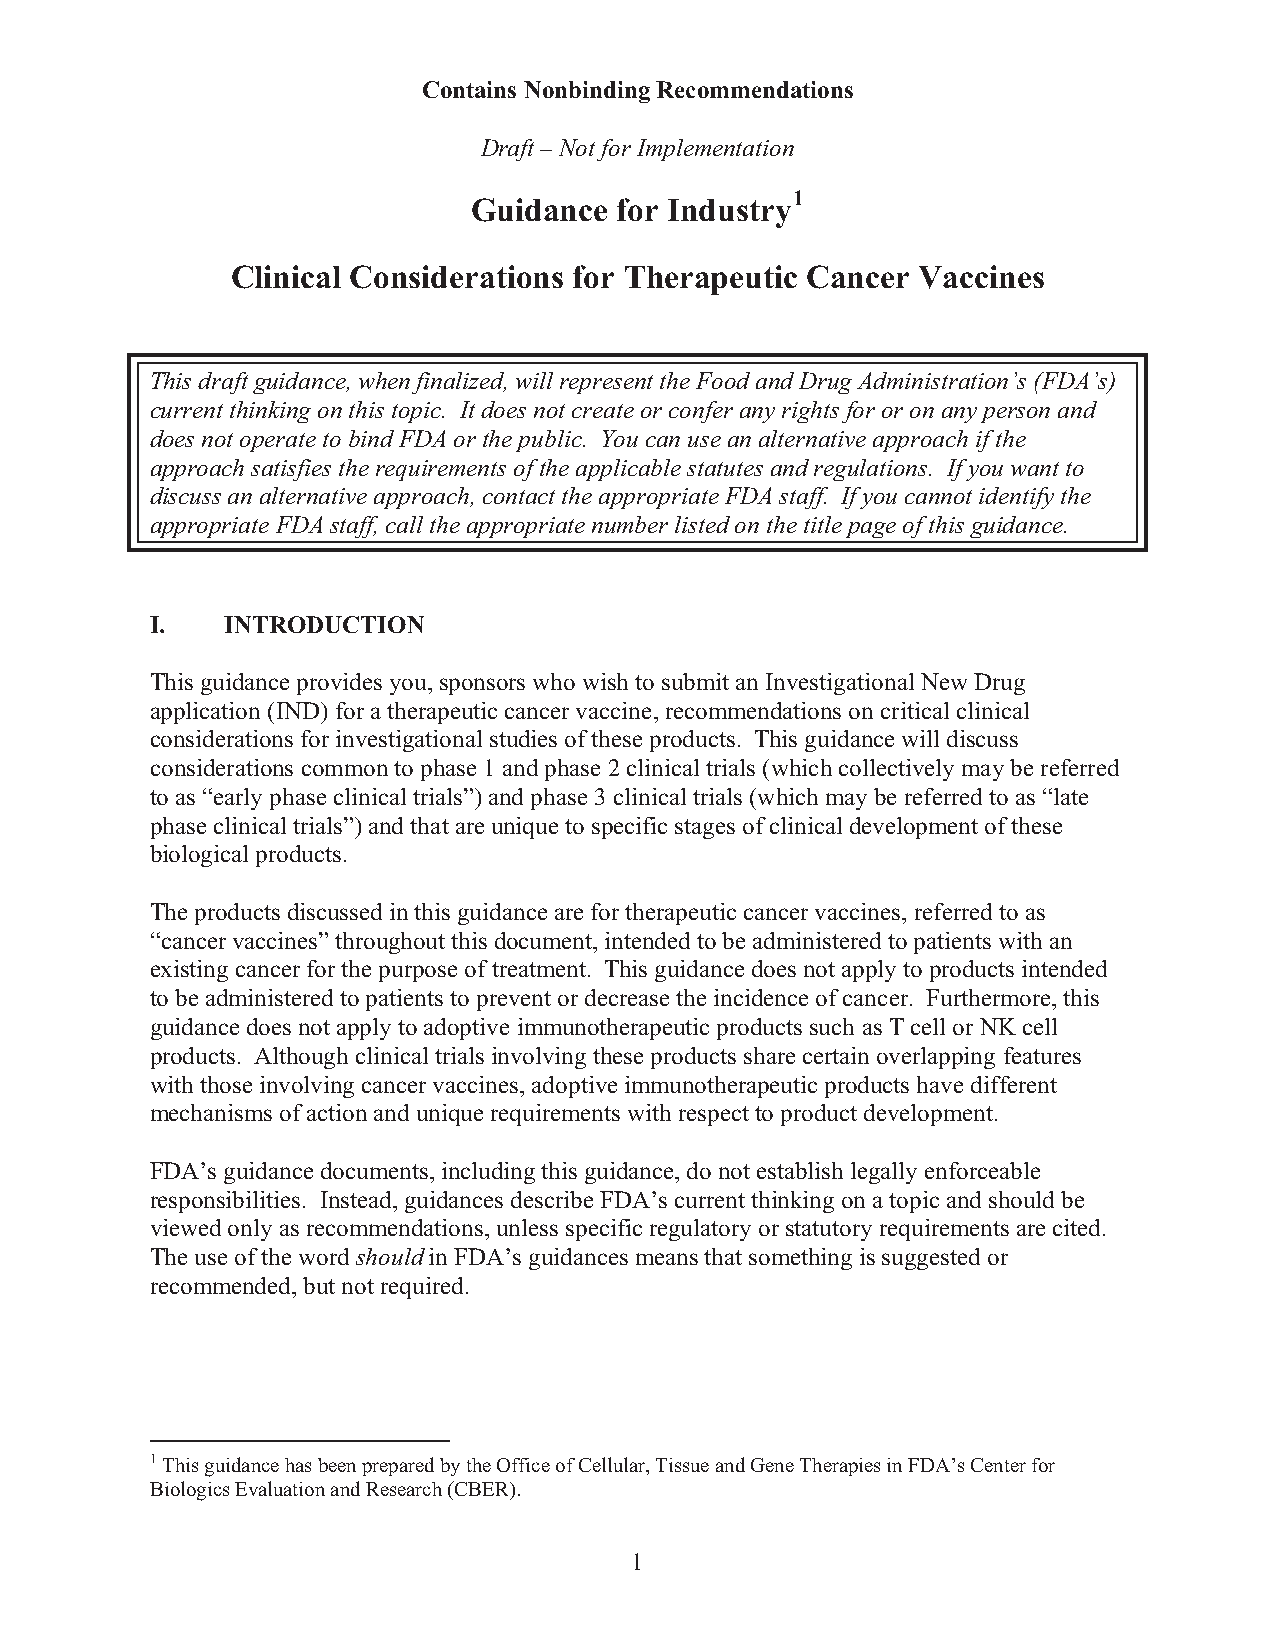
Contains Nonbinding Recommendations
 Draft – Not for Implementation
 1
 Guidance  for Industry
 Clinical Considerations for Therapeutic Cancer Vaccines
 This draft guidance, when finalized, will represent the Food and Drug Administration’s (FDA’s)
 current thinking on this topic. It does not create or confer any rights for or on any person and
 does not operate to bind FDA or the public. You can use an alternative approach if the
 approach satisfies the requirements of the applicable statutes and regulations. If you want to
 discuss an alternative approach, contact the appropriate FDA staff. If you cannot identify the
 appropriate FDA staff, call the appropriate number listed on the title page of this guidance.
 I.   INTRODUCTION
 This guidance provides you, sponsors who wish to submit an Investigational New Drug
 application (IND) for a therapeutic cancer vaccine, recommendations on critical clinical
 considerations for investigational studies of these products. This guidance will discuss
 considerations common to phase 1 and phase 2 clinical trials (which collectively may be referred
 to as “early phase clinical trials”) and phase 3 clinical trials (which may be referred to as “late
 phase clinical trials”) and that are unique to specific stages of clinical development of these
 biological products.
 The products discussed in this guidance are for therapeutic cancer vaccines, referred to as
 “cancer vaccines” throughout this document, intended to be administered to patients with an
 existing cancer for the purpose of treatment. This guidance does not apply to products intended
 to be administered to patients to prevent or decrease the incidence of cancer. Furthermore, this
 guidance does not apply to adoptive immunotherapeutic products such as T cell or NK cell
 products. Although clinical trials involving these products share certain overlapping features
 with those involving cancer vaccines, adoptive immunotherapeutic products have different
 mechanisms of action and unique requirements with respect to product development.
 FDA’s guidance documents, including this guidance, do not establish legally enforceable
 responsibilities. Instead, guidances describe FDA’s current thinking on a topic and should be
 viewed only as recommendations, unless specific regulatory or statutory requirements are cited.
 The use of the word should in FDA’s guidances means that something is suggested or
 recommended, but not required.
 1 This guidance has been prepared by the Office of Cellular, Tissue and Gene Therapies in FDA’s Center for
 Biologics Evaluation and Research (CBER).
 1